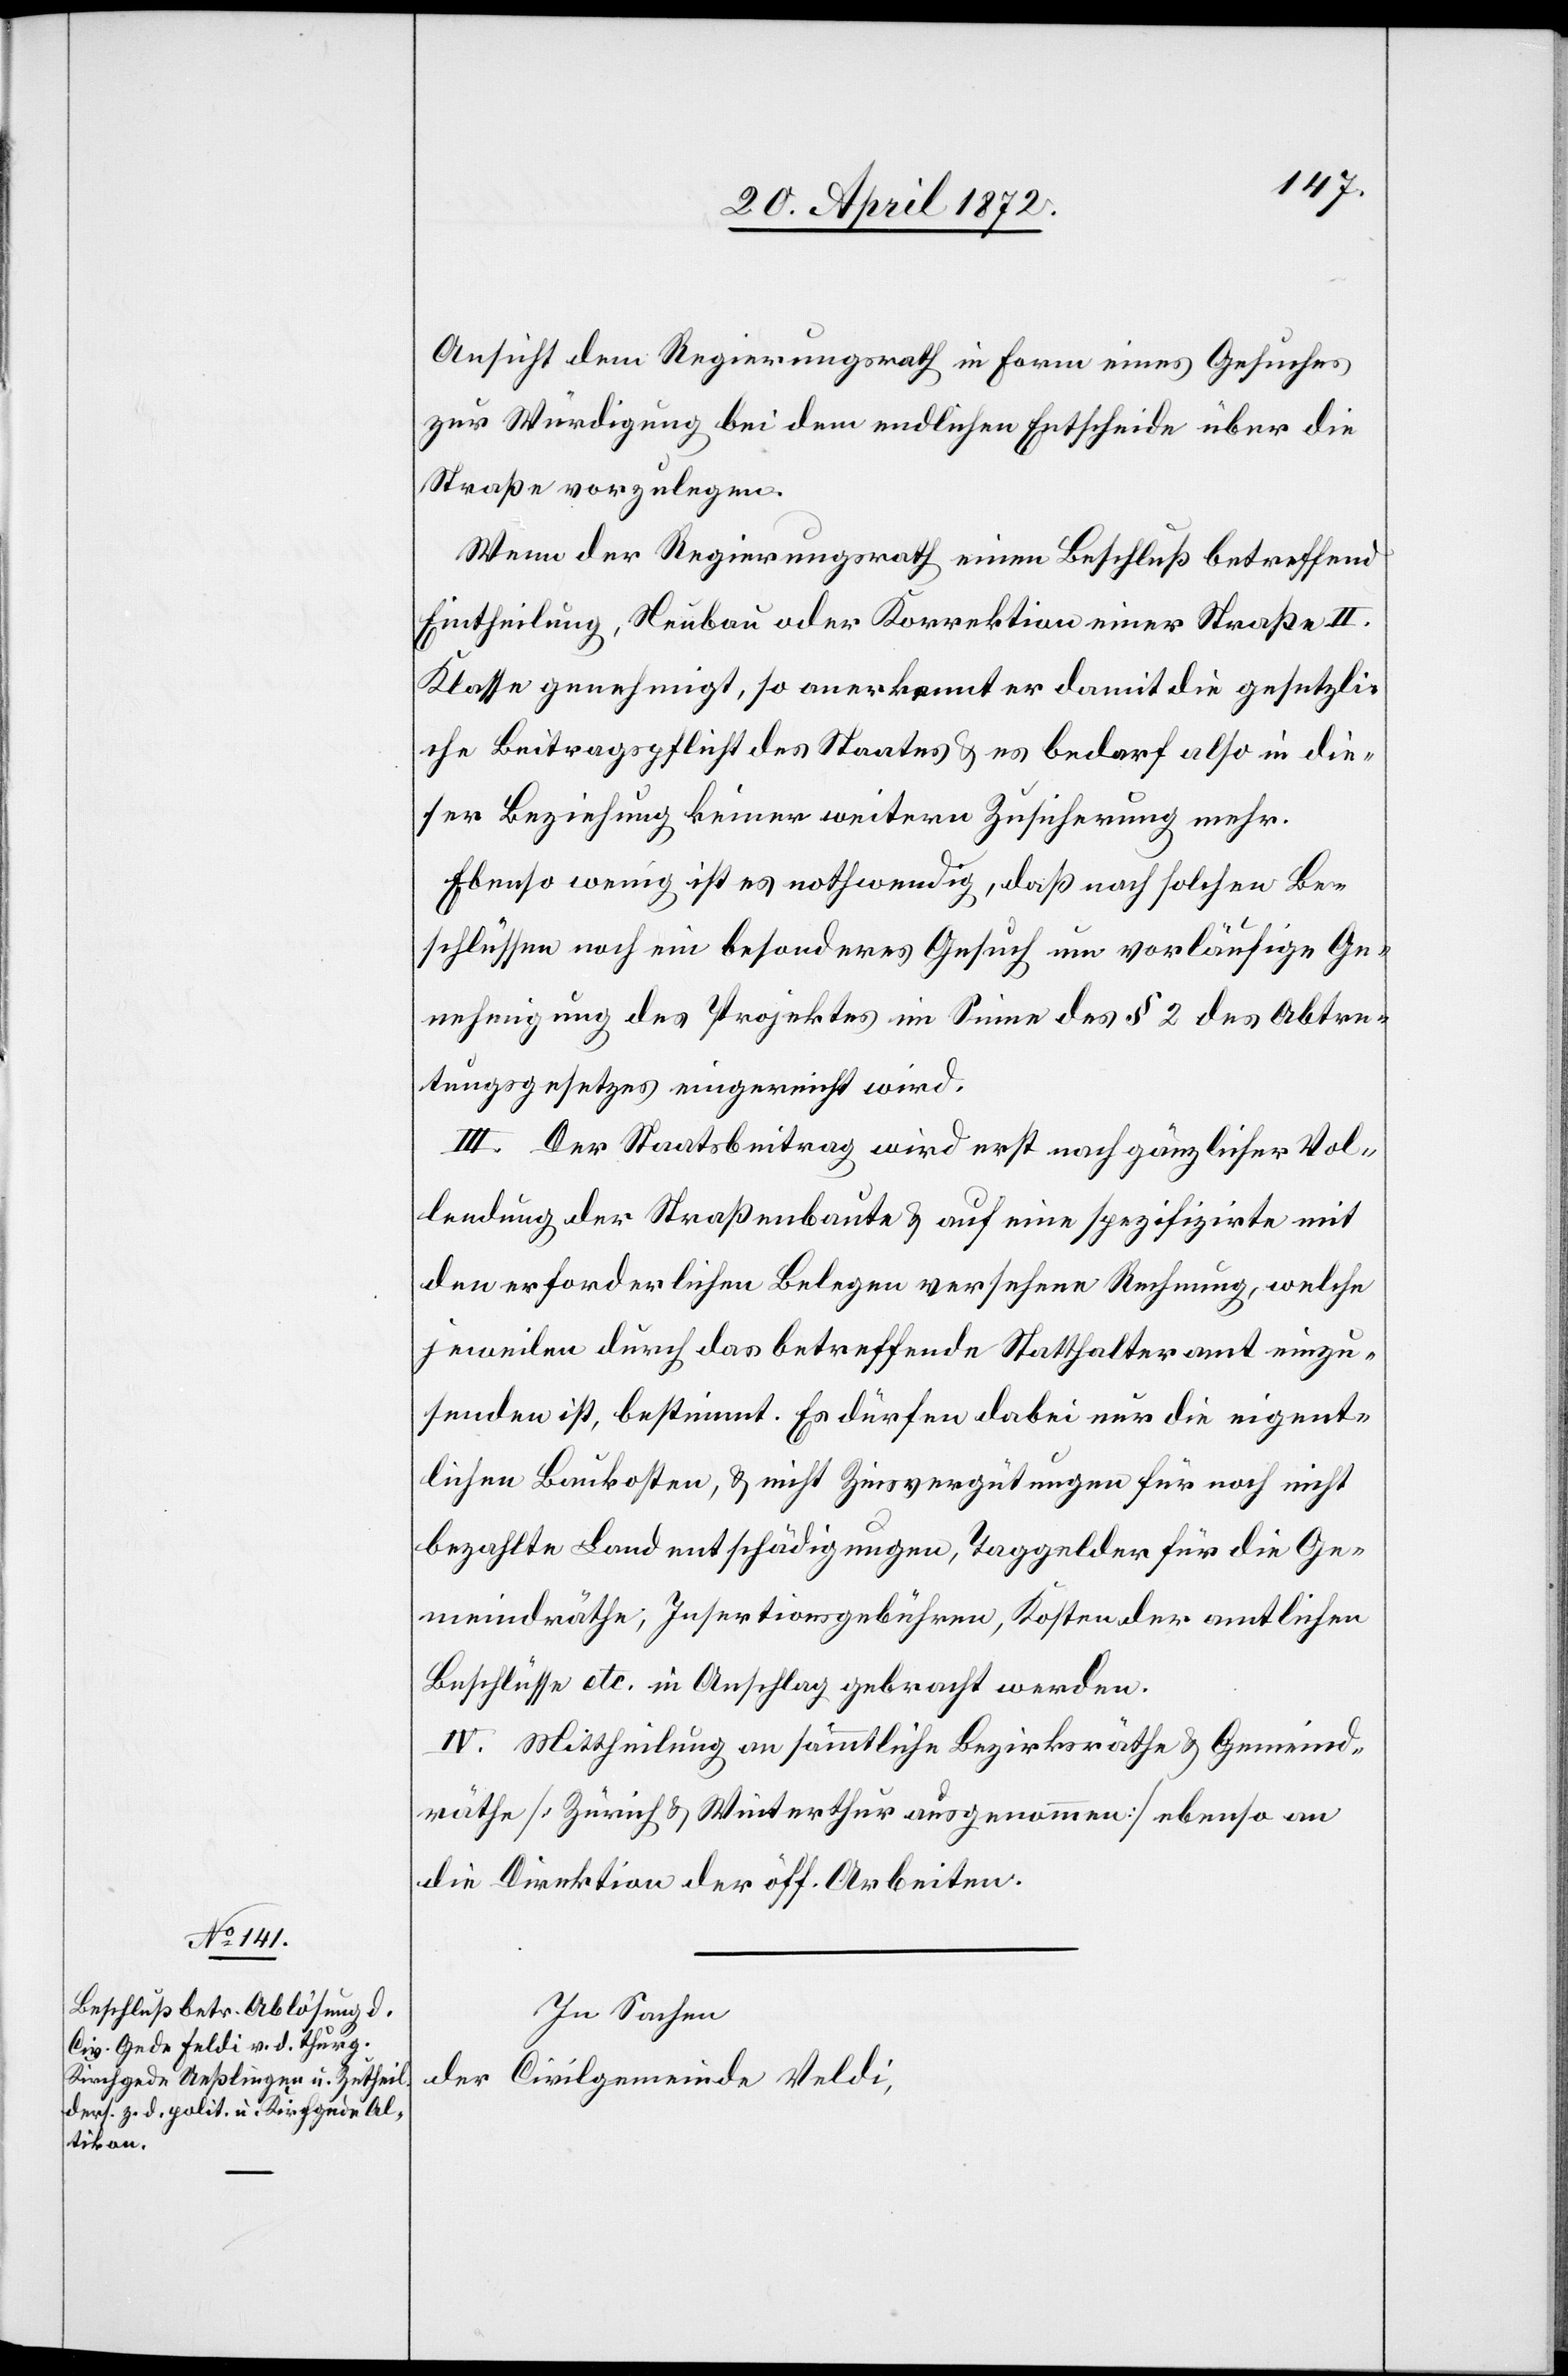
Ansicht dem Regierungsrath in Form eines Gesuches
zur Würdigung bei dem endlichen Entscheide über die
Straße vorzulegen.
Wenn der Regierungsrath einen Beschluß betreffend
Eintheilung, Neubau oder Korrektion einer Straße II.
Klasse genehmigt, so anerkennt er damit die gesetzli¬
che Beitragspflicht des Staates u. es bedarf also in die¬
ser Beziehung keiner weitern Zusicherung mehr.
Ebenso wenig ist es nothwendig, daß nach solchen Be¬
schlüssen noch ein besonderes Gesuch um vorläufige Ge¬
nehmigung des Projektes im Sinne des § 2 des Abtre¬
tungsgesetzes eingereicht wird.
III. Der Staatsbeitrag wird erst nach gänzlicher Vol¬
lendung der Straßenbaute u. auf eine spezifizirte mit
den erforderlichen Belegen versehene Rechnung, welche
jeweilen durch das betreffende Statthalteramt einzu¬
senden ist, bestimmt. Es dürfen dabei nur die eigent¬
lichen Baukosten, u. nicht Zinsvergütungen für noch nicht
bezahlte Landentschädigungen, Taggelder für die Ge¬
meindräthe, Insertionsgebühren, Kosten der amtlichen
Beschlüsse etc. in Anschlag gebracht werden.
IV. Mittheilung an sämmtliche Bezirksräthe u. Gemeind¬
räthe [Zürich u. Winterthur ausgenommen] ebenso an
die Direktion der öff. Arbeiten.
In Sachen
der Civilgemeinde Veldi,